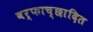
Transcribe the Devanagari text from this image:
वर्फाच्‍छादित